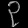
Digit: ၃